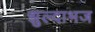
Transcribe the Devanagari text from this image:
झुल्दाभज